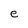
Character: e